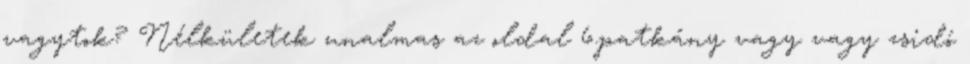
vagytok? Nélkületek unalmas az oldal 6.patkány vagy vagy zsidó